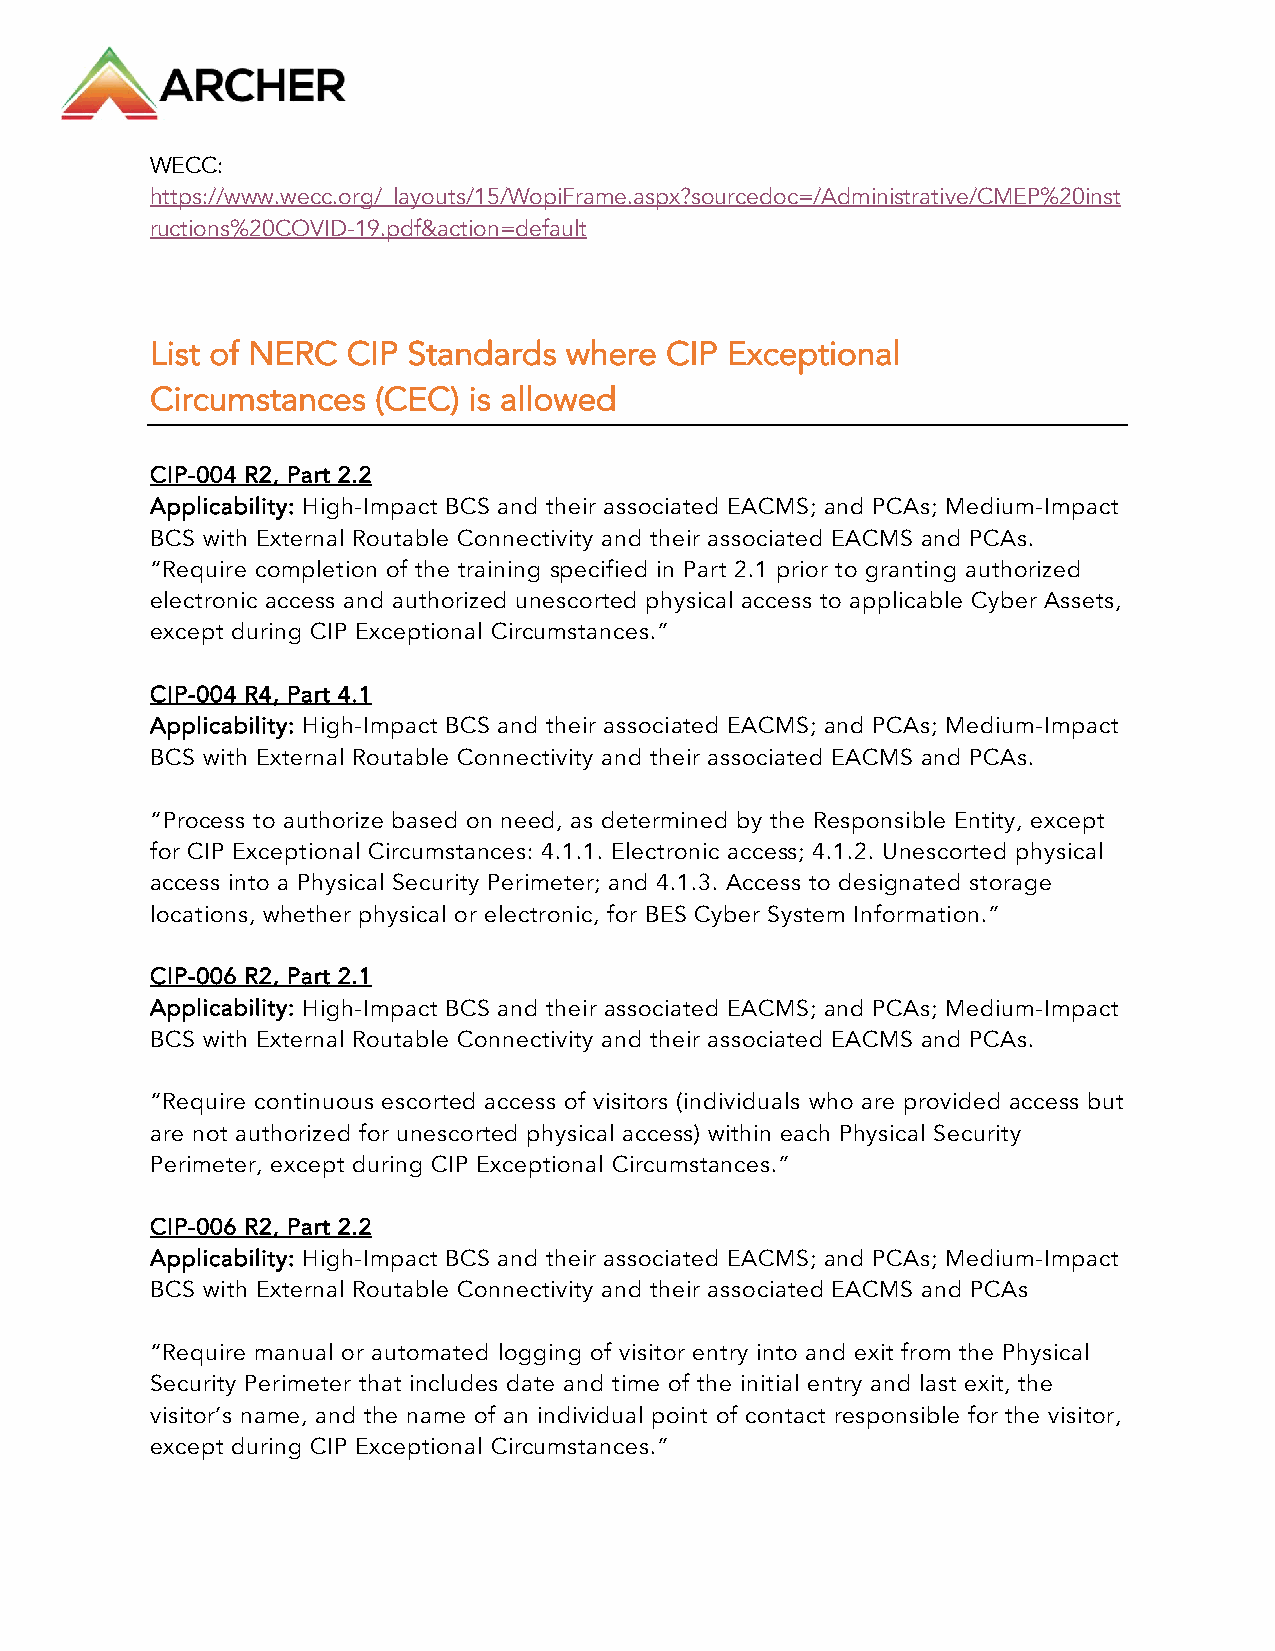
WECC:
 https://www.wecc.org/_layouts/15/WopiFrame.aspx?sourcedoc=/Administrative/CMEP%20inst
 ructions%20COVID-19.pdf&action=default
 List of NERC CIP Standards where  CIP Exceptional
 Circumstances  (CEC) is allowed
 CIP-004 R2, Part 2.2
 Applicability: High-Impact BCS and their associated EACMS; and PCAs; Medium-Impact
 BCS with External Routable Connectivity and their associated EACMS and PCAs.
 “Require completion of the training specified in Part 2.1 prior to granting authorized
 electronic access and authorized unescorted physical access to applicable Cyber Assets,
 except during CIP Exceptional Circumstances.”
 CIP-004 R4, Part 4.1
 Applicability: High-Impact BCS and their associated EACMS; and PCAs; Medium-Impact
 BCS with External Routable Connectivity and their associated EACMS and PCAs.
 “Process to authorize based on need, as determined by the Responsible Entity, except
 for CIP Exceptional Circumstances: 4.1.1. Electronic access; 4.1.2. Unescorted physical
 access into a Physical Security Perimeter; and 4.1.3. Access to designated storage
 locations, whether physical or electronic, for BES Cyber System Information.”
 CIP-006 R2, Part 2.1
 Applicability: High-Impact BCS and their associated EACMS; and PCAs; Medium-Impact
 BCS with External Routable Connectivity and their associated EACMS and PCAs.
 “Require continuous escorted access of visitors (individuals who are provided access but
 are not authorized for unescorted physical access) within each Physical Security
 Perimeter, except during CIP Exceptional Circumstances.”
 CIP-006 R2, Part 2.2
 Applicability: High-Impact BCS and their associated EACMS; and PCAs; Medium-Impact
 BCS with External Routable Connectivity and their associated EACMS and PCAs
 “Require manual or automated logging of visitor entry into and exit from the Physical
 Security Perimeter that includes date and time of the initial entry and last exit, the
 visitor’s name, and the name of an individual point of contact responsible for the visitor,
 except during CIP Exceptional Circumstances.”